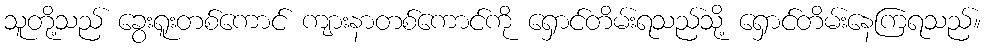
သူတို့သည် ခွေးရူးတစ်ကောင် ကျားနာတစ်ကောင်ကို ရှောင်တိမ်းရသည်သို့ ရှောင်တိမ်းနေကြရသည်။